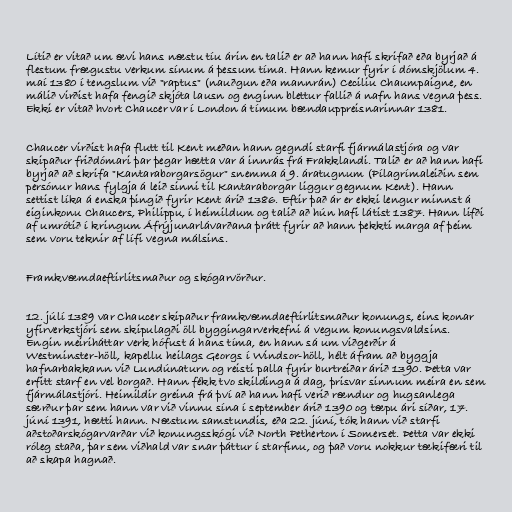
Lítið er vitað um ævi hans næstu tíu árin en talið er að hann hafi skrifað eða byrjað á
flestum frægustu verkum sínum á þessum tíma. Hann kemur fyrir í dómskjölum 4.
maí 1380 í tengslum við "raptus" (nauðgun eða mannrán) Ceciliu Chaumpaigne, en
málið virðist hafa fengið skjóta lausn og enginn blettur fallið á nafn hans vegna þess.
Ekki er vitað hvort Chaucer var í London á tímum bændauppreisnarinnar 1381.

Chaucer virðist hafa flutt til Kent meðan hann gegndi starfi fjármálastjóra og var
skipaður friðdómari þar þegar hætta var á innrás frá Frakklandi. Talið er að hann hafi
byrjað að skrifa "Kantaraborgarsögur" snemma á 9. áratugnum (Pílagrímaleiðin sem
persónur hans fylgja á leið sinni til Kantaraborgar liggur gegnum Kent). Hann
settist líka á enska þingið fyrir Kent árið 1386. Eftir það ár er ekki lengur minnst á
eiginkonu Chaucers, Philippu, í heimildum og talið að hún hafi látist 1387. Hann lifði
af umrótið í kringum Áfrýjunarlávarðana þrátt fyrir að hann þekkti marga af þeim
sem voru teknir af lífi vegna málsins.

Framkvæmdaeftirlitsmaður og skógarvörður.

12. júlí 1389 var Chaucer skipaður framkvæmdaeftirlitsmaður konungs, eins konar
yfirverkstjóri sem skipulagði öll byggingarverkefni á vegum konungsvaldsins.
Engin meiriháttar verk hófust á hans tíma, en hann sá um viðgerðir á
Westminster-höll, kapellu heilags Georgs í Windsor-höll, hélt áfram að byggja
hafnarbakkann við Lundúnaturn og reisti palla fyrir burtreiðar árið 1390. Þetta var
erfitt starf en vel borgað. Hann fékk tvo skildinga á dag, þrisvar sinnum meira en sem
fjármálastjóri. Heimildir greina frá því að hann hafi verið rændur og hugsanlega
særður þar sem hann var við vinnu sína í september árið 1390 og tæpu ári síðar, 17.
júní 1391, hætti hann. Næstum samstundis, eða 22. júní, tók hann við starfi
aðstoðarskógarvarðar við konungsskógi við North Petherton í Somerset. Þetta var ekki
róleg staða, þar sem viðhald var snar þáttur í starfinu, og það voru nokkur tækifæri til
að skapa hagnað.